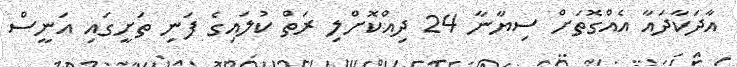
އާދަކާދައާ އެއްގޮތަށް ސިޔާނާ 24 ދިއްކޮށްލި ރަތް ކުލައިގެ ފަނި ތަށީގައި އަނީސް